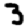
Digit: 3